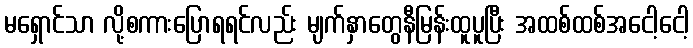
မရှောင်သာ လို့စကားပြောရရင်လည်း မျက်နှာတွေနီမြန်းထူပူပြီး အထစ်ထစ်အငေါ့ငေါ့